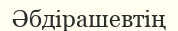
Әбдірашевтің